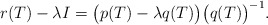
\begin{align*}r(T)-{\lambda}I=\big(p(T)-{\lambda}q(T)\big)\big(q(T)\big)^{-1}.\end{align*}